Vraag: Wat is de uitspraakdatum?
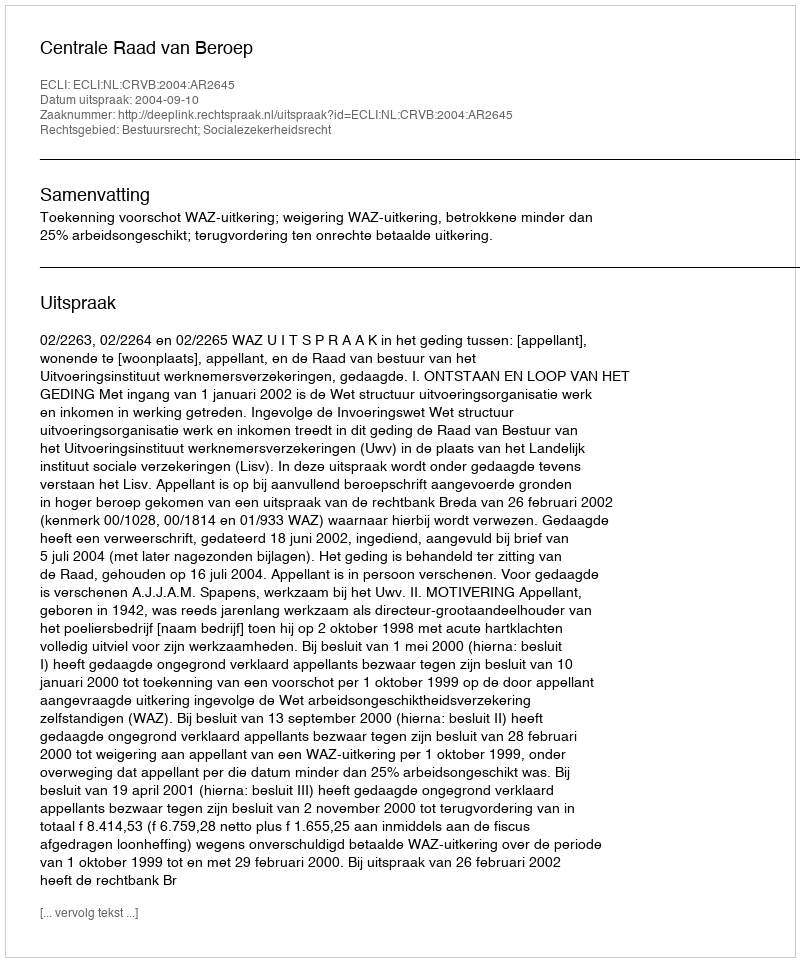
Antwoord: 2004-09-10